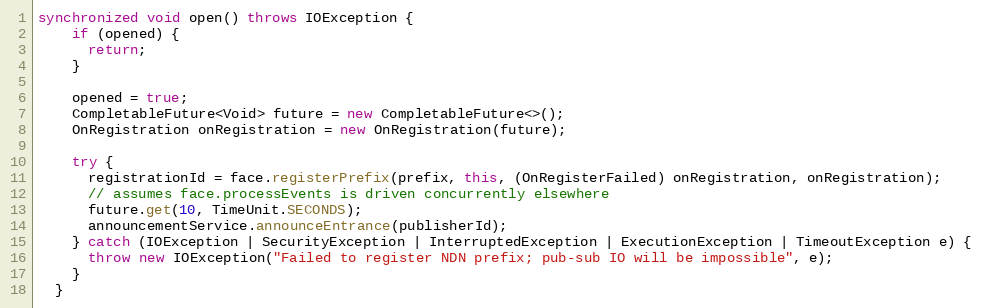
Language: Java
synchronized void open() throws IOException {
    if (opened) {
      return;
    }

    opened = true;
    CompletableFuture<Void> future = new CompletableFuture<>();
    OnRegistration onRegistration = new OnRegistration(future);

    try {
      registrationId = face.registerPrefix(prefix, this, (OnRegisterFailed) onRegistration, onRegistration);
      // assumes face.processEvents is driven concurrently elsewhere
      future.get(10, TimeUnit.SECONDS);
      announcementService.announceEntrance(publisherId);
    } catch (IOException | SecurityException | InterruptedException | ExecutionException | TimeoutException e) {
      throw new IOException("Failed to register NDN prefix; pub-sub IO will be impossible", e);
    }
  }